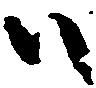
ハ